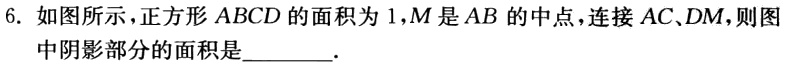
6. 如图所示，正方形 \(ABCD\) 的面积为 \(1\)，\(M\) 是 \(AB\) 的中点，连接 \(AC\)、\(DM\)，则图中阴影部分的面积是________.